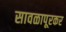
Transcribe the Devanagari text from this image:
सावळापूरकर